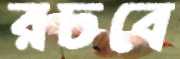
রচবে